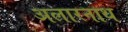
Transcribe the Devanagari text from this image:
अलारनाथ